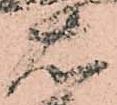
右